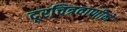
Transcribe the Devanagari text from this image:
दूरचित्रवाणीने